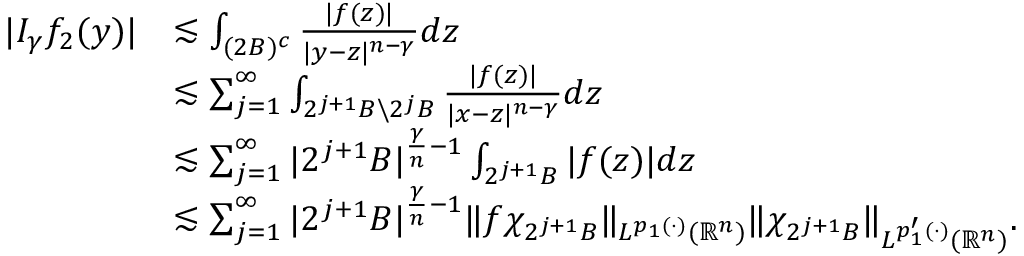
\begin{array} { r l } { | I _ { \gamma } f _ { 2 } ( y ) | } & { \lesssim \int _ { ( 2 B ) ^ { c } } { \frac { | f ( z ) | } { | y - z | ^ { n - \gamma } } } d z } \\ & { \lesssim \sum _ { j = 1 } ^ { \infty } \int _ { 2 ^ { j + 1 } B \backslash 2 ^ { j } B } { \frac { | f ( z ) | } { | x - z | ^ { n - \gamma } } } d z } \\ & { \lesssim \sum _ { j = 1 } ^ { \infty } | 2 ^ { j + 1 } B | ^ { \frac { \gamma } { n } - 1 } \int _ { 2 ^ { j + 1 } B } | f ( z ) | d z } \\ & { \lesssim \sum _ { j = 1 } ^ { \infty } | 2 ^ { j + 1 } B | ^ { \frac { \gamma } { n } - 1 } \| f \chi _ { 2 ^ { j + 1 } B } \| _ { L ^ { p _ { 1 } ( \cdot ) } ( \mathbb { R } ^ { n } ) } \| \chi _ { 2 ^ { j + 1 } B } \| _ { L ^ { p _ { 1 } ^ { \prime } ( \cdot ) } ( \mathbb { R } ^ { n } ) } . } \end{array}